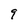
Character: 9